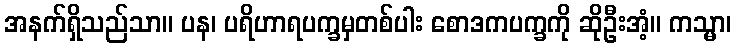
အနက်ရှိသည်သာ။ ပန၊ ပရိဟာရပက္ခမှတစ်ပါး စောဒကပက္ခကို ဆိုဦးအံ့။ ကသ္မာ၊